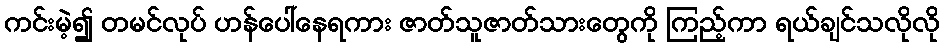
ကင်းမဲ့၍ တမင်လုပ် ဟန်ပေါ်နေရကား ဇာတ်သူဇာတ်သားတွေကို ကြည့်ကာ ရယ်ချင်သလိုလို